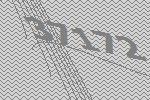
37172